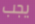
يجب